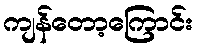
ကျန်တော့ကြောင်း